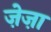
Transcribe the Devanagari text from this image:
ज़ेज़ा